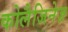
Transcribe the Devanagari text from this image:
कोलैजिनेज़